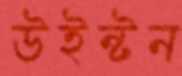
উইন্টন